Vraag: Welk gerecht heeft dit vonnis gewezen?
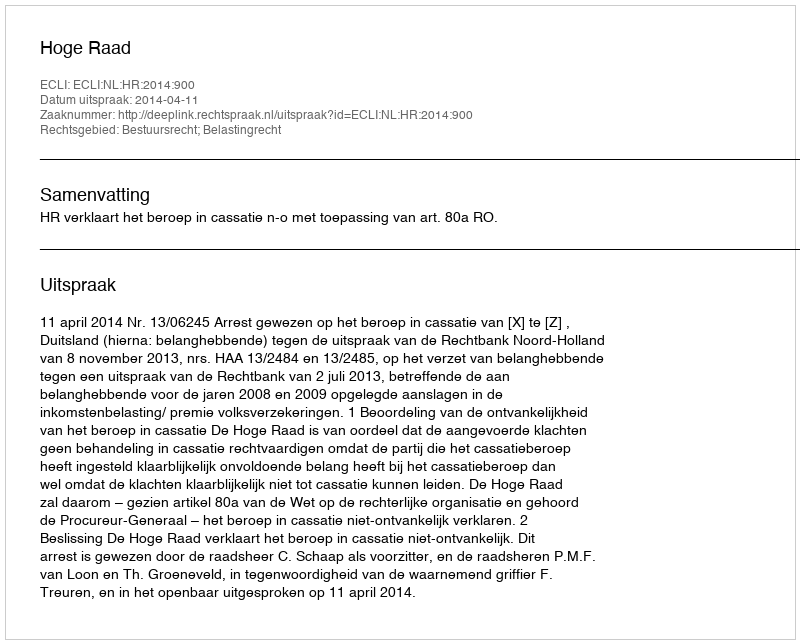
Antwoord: Hoge Raad